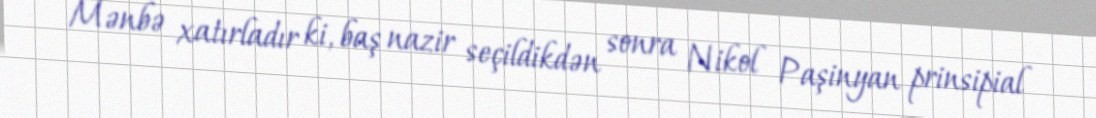
Mənbə xatırladır ki, baş nazir seçildikdən sonra Nikol Paşinyan prinsipial